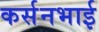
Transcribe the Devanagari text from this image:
कर्सनभाई